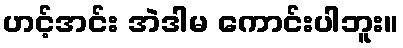
ဟင့်အင်း အဲဒါမ ကောင်းပါဘူး။